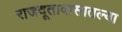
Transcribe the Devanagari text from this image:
राजदूतावासातल्या